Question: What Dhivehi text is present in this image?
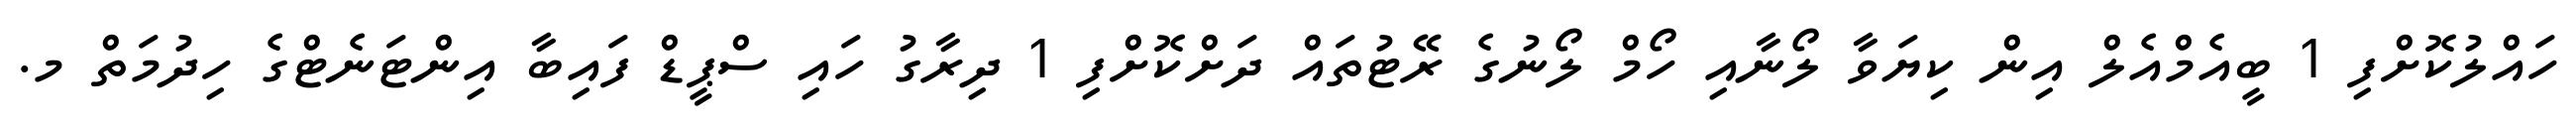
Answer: ހައްލުކޮށްފި 1 ބީއެމްއެލް އިން ކިޔަވާ ލޯނާއި ހޯމް ލޯނުގެ ރޭޓުތައް ދަށްކޮށްފި 1 ދިރާގު ހައި ސްޕީޑް ފައިބާ އިންޓަނެޓްގެ ހިދުމަތް މ.